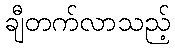
ချီတက်လာသည့်